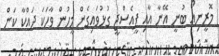
މޮރީނިއޯ ބުނީ އޭނާ އާއި ޕީއެސްޖީ ގުޅުވައިގެން މީހުން ވާހަކަ ދައްކާ ކަން